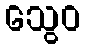
သွေဝ